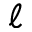
\ell